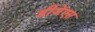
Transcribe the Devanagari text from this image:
डीजेएस